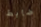
ضابط